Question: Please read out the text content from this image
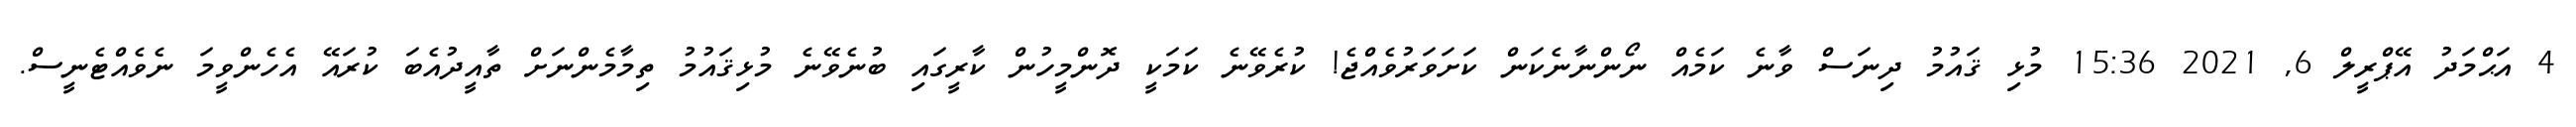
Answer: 4 އަޙްމަދު އޭޕްރީލް 6, 2021 15:36 މުޅި ޤައުމު ދިނަސް ވާނެ ކަމެއް ނޯންނާނެކަން ކަށަވަރުވެއްޖެ! ކުރެވޭނެ ކަމަކީ ދޮންމީހުން ކާރީގައި ބުނެވޭނެ މުޅިޤައުމު ތިމާމެންނަށް ތާއީދުއެބަ ކުރައޭ އެހެންވީމަ ނެވެއްޓެނީސް.